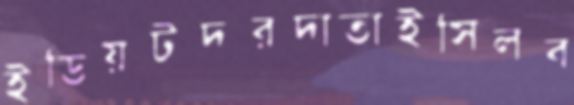
ইডিয়টদরদাতাইসিলব